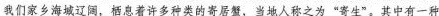
我们家乡海城辽阔，栖息着许多种类的寄居蟹，当地人称之为”寄生”。其中有一种